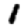
Digit: 1